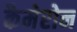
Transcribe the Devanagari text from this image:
कैमेरोन